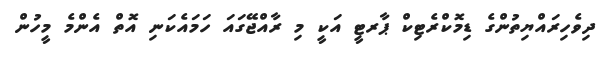
ދިވެހިރައްޔިތުންގެ ޑިމޮކްރެޓިކް ޕާރޓީ އަކީ މި ރާއްޖޭގައަ ހަމައެކަނި އޮތް އެންމެ މީހުން